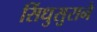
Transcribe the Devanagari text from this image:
सिंधुसुराने